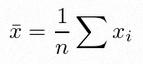
\bar{x}=\frac1n\sum x_i